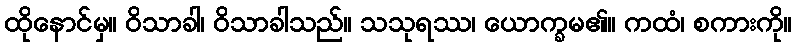
ထိုနောင်မှ။ ဝိသာခါ၊ ဝိသာခါသည်။ သသုရဿ၊ ယောက္ခမ၏။ ကထံ၊ စကားကို။